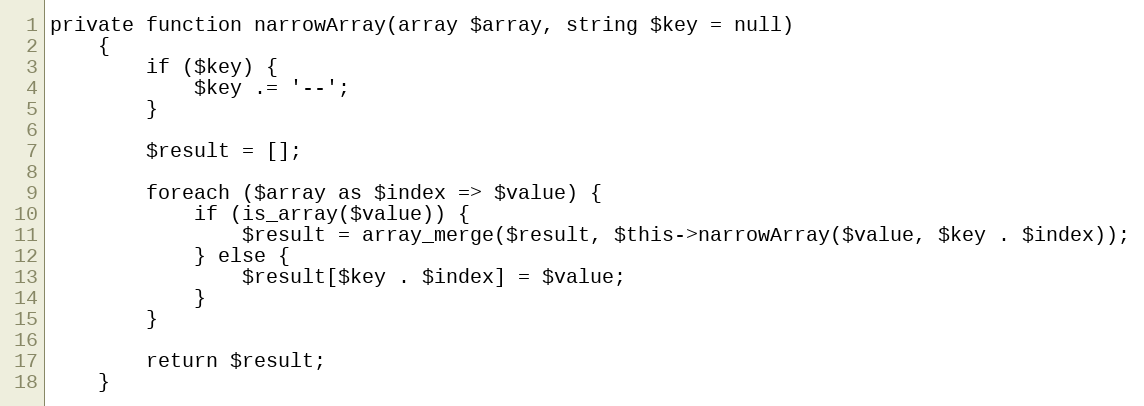
Language: PHP
private function narrowArray(array $array, string $key = null)
    {
        if ($key) {
            $key .= '--';
        }

        $result = [];

        foreach ($array as $index => $value) {
            if (is_array($value)) {
                $result = array_merge($result, $this->narrowArray($value, $key . $index));
            } else {
                $result[$key . $index] = $value;
            }
        }

        return $result;
    }